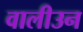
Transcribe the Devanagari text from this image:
वालीउन